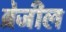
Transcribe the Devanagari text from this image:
ब्रेजील